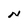
Character: N